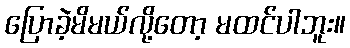
ပြောခဲ့မိမယ်လို့တော့ မထင်ပါဘူး။